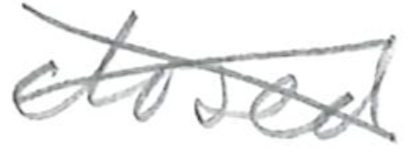
Text: closed
Cross-out: cross
Writing tool: pencil